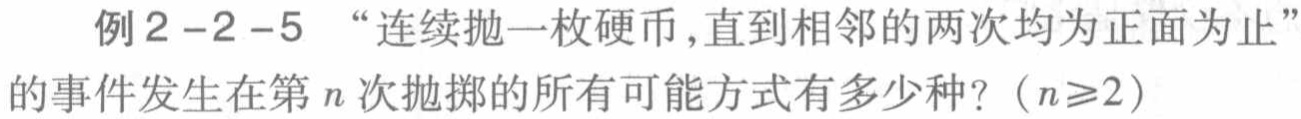
例2 - 2 - 5 “连续抛一枚硬币，直到相邻的两次均为正面为止”的事件发生在第\(n\)次抛掷的所有可能方式有多少种？（\(n\geq2\)）